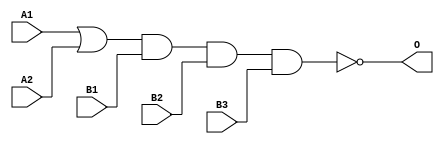
module JG2111A(A1, A2, B1, B2, B3, O);
input   A1;
input   A2;
input   B1;
input   B2;
input   B3;
output  O;
or g0(w0, A1, A2);
nand g1(O, w0, B1, B2, B3);
endmodule